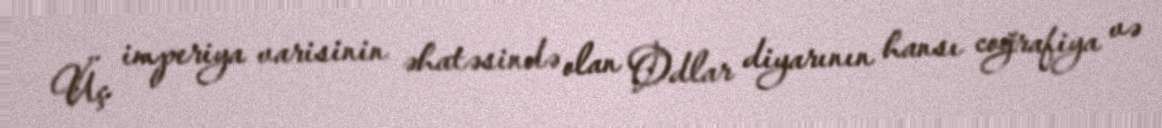
Üç imperiya varisinin əhatəsində olan Odlar diyarının hansı coğrafiya və